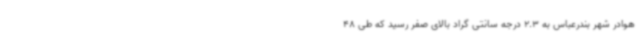
هوادر شهر بندرعباس به 2.3 درجه سانتی گراد بالای صفر رسید که طی 48